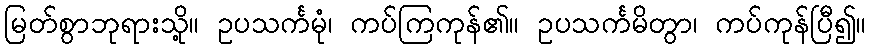
မြတ်စွာဘုရားသို့။ ဥပသင်္ကမုံ၊ ကပ်ကြကုန်၏။ ဥပသင်္ကမိတွာ၊ ကပ်ကုန်ပြီ၍။